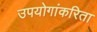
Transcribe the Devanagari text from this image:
उपयोगांकरिता